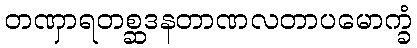
တဏှာရတစ္ဆဒနတာဏလတာပမောက္ခံ